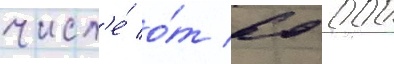
числ'е́ о́т 60 000